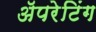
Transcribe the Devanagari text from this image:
ॲपरेटिंग